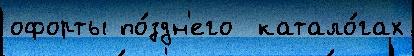
офорты по́здн'его  катало́гах